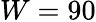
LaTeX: W=90